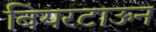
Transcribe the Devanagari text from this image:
बियरटाऊन